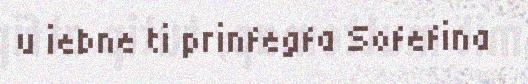
u iebne ti prinfegfa Sofefina